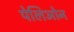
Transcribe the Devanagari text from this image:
पेलिओन